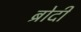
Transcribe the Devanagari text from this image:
ब्रोदी